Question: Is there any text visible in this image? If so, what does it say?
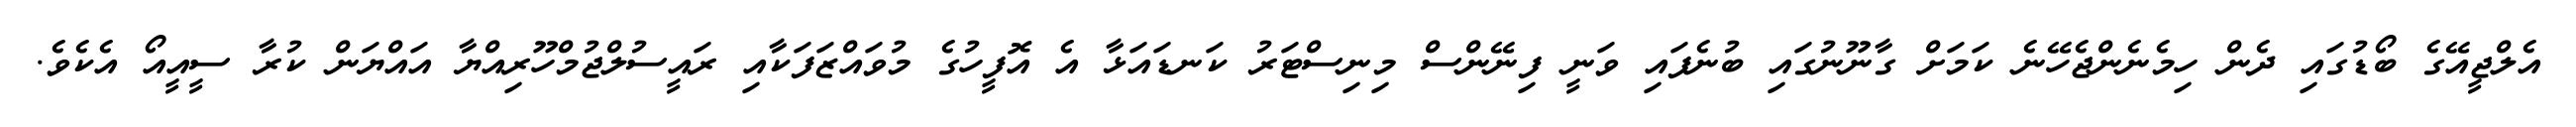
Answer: އެލްޖީއޭގެ ބޯޑުގައި ދެން ހިމެނެންޖެހޭނެ ކަމަށް ގާނޫނުގައި ބުނެފައި ވަނީ ފިނޭންސް މިނިސްޓަރު ކަނޑައަޅާ އެ އޮފީހުގެ މުވައްޒަފަކާއި ރައީސުލްޖުމްހޫރިއްޔާ އައްޔަން ކުރާ ސީއީއޯ އެކެވެ.